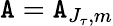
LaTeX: \mathtt{A}=\mathtt{A}_{J_{\tau},m}